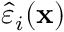
\hat { \varepsilon } _ { i } ( { \bf x } )